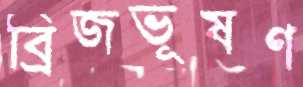
ব্রিজভূষণ